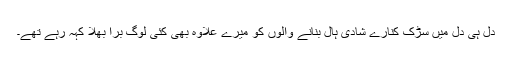
دل ہی دل میں سڑک کنارے شادی ہال بنانے والوں کو میرے علاوہ بھی کئی لوگ برا بھلا کہہ رہے تھے۔